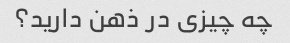
چه چیزی در ذهن دارید؟